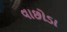
વાછોડા